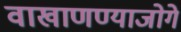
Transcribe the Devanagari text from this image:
वाखाणण्याजोगे